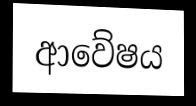
ආවේෂය